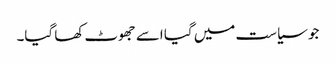
جو سیاست میں گیا اسے جھوٹ کھا گیا۔